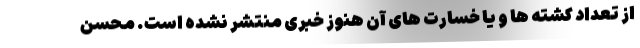
از تعداد کشته ها و یا خسارت های آن هنوز خبری منتشر نشده است. محسن